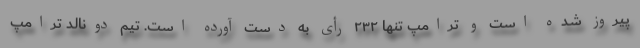
پیروز شده است و ترامپ تنها ۲۳۲ رأی به دست آورده است. تیم دونالد ترامپ